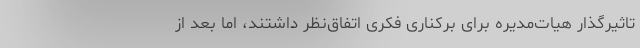
تاثیرگذار هیات‌مدیره برای برکناری فکری اتفاق‌نظر داشتند، اما بعد از